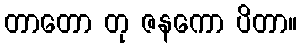
တာတော တု ဇနကော ပိတာ။